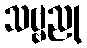
သဗ္ဗညု